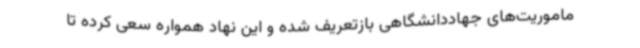
ماموریت‌های جهاددانشگاهی بازتعریف شده و این نهاد همواره سعی کرده تا